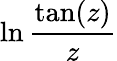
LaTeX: \ln{\frac{\tan(z)}{z}}